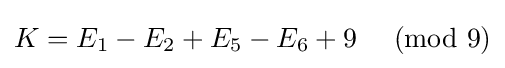
K=E_{1}-E_{2}+E_{5}-E_{6}+9\,\,{\pmod {9}}